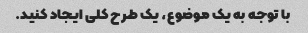
با توجه به یک موضوع، یک طرح کلی ایجاد کنید.